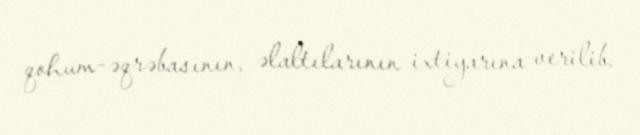
qohum-əqrəbasının, əlaltılarının ixtiyarına verilib.